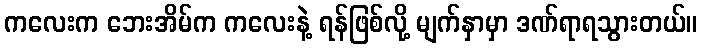
ကလေးက ဘေးအိမ်က ကလေးနဲ့ ရန်ဖြစ်လို့ မျက်နှာမှာ ဒဏ်ရာရသွားတယ်။